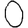
Digit: 0